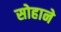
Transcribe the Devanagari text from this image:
सोहाने